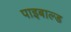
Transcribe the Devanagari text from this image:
पाइबाल्ड